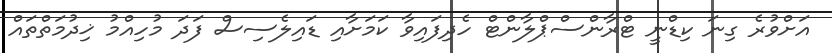
އަށްވުރެ ގިނަ ކިޑްނީ ޓްރާންސްޕްލާންޓް ހެދިފައިވާ ކަމަށާއި ޑައިލެސިސް ފަދަ މުހިއްމު ޚިދުމަތްތައް